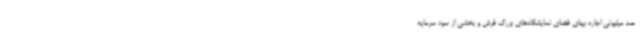
صد میلیونی اجاره بهای فضای نمایشگاه‌های بزرگ فرش و بخشی از سود سرمایه